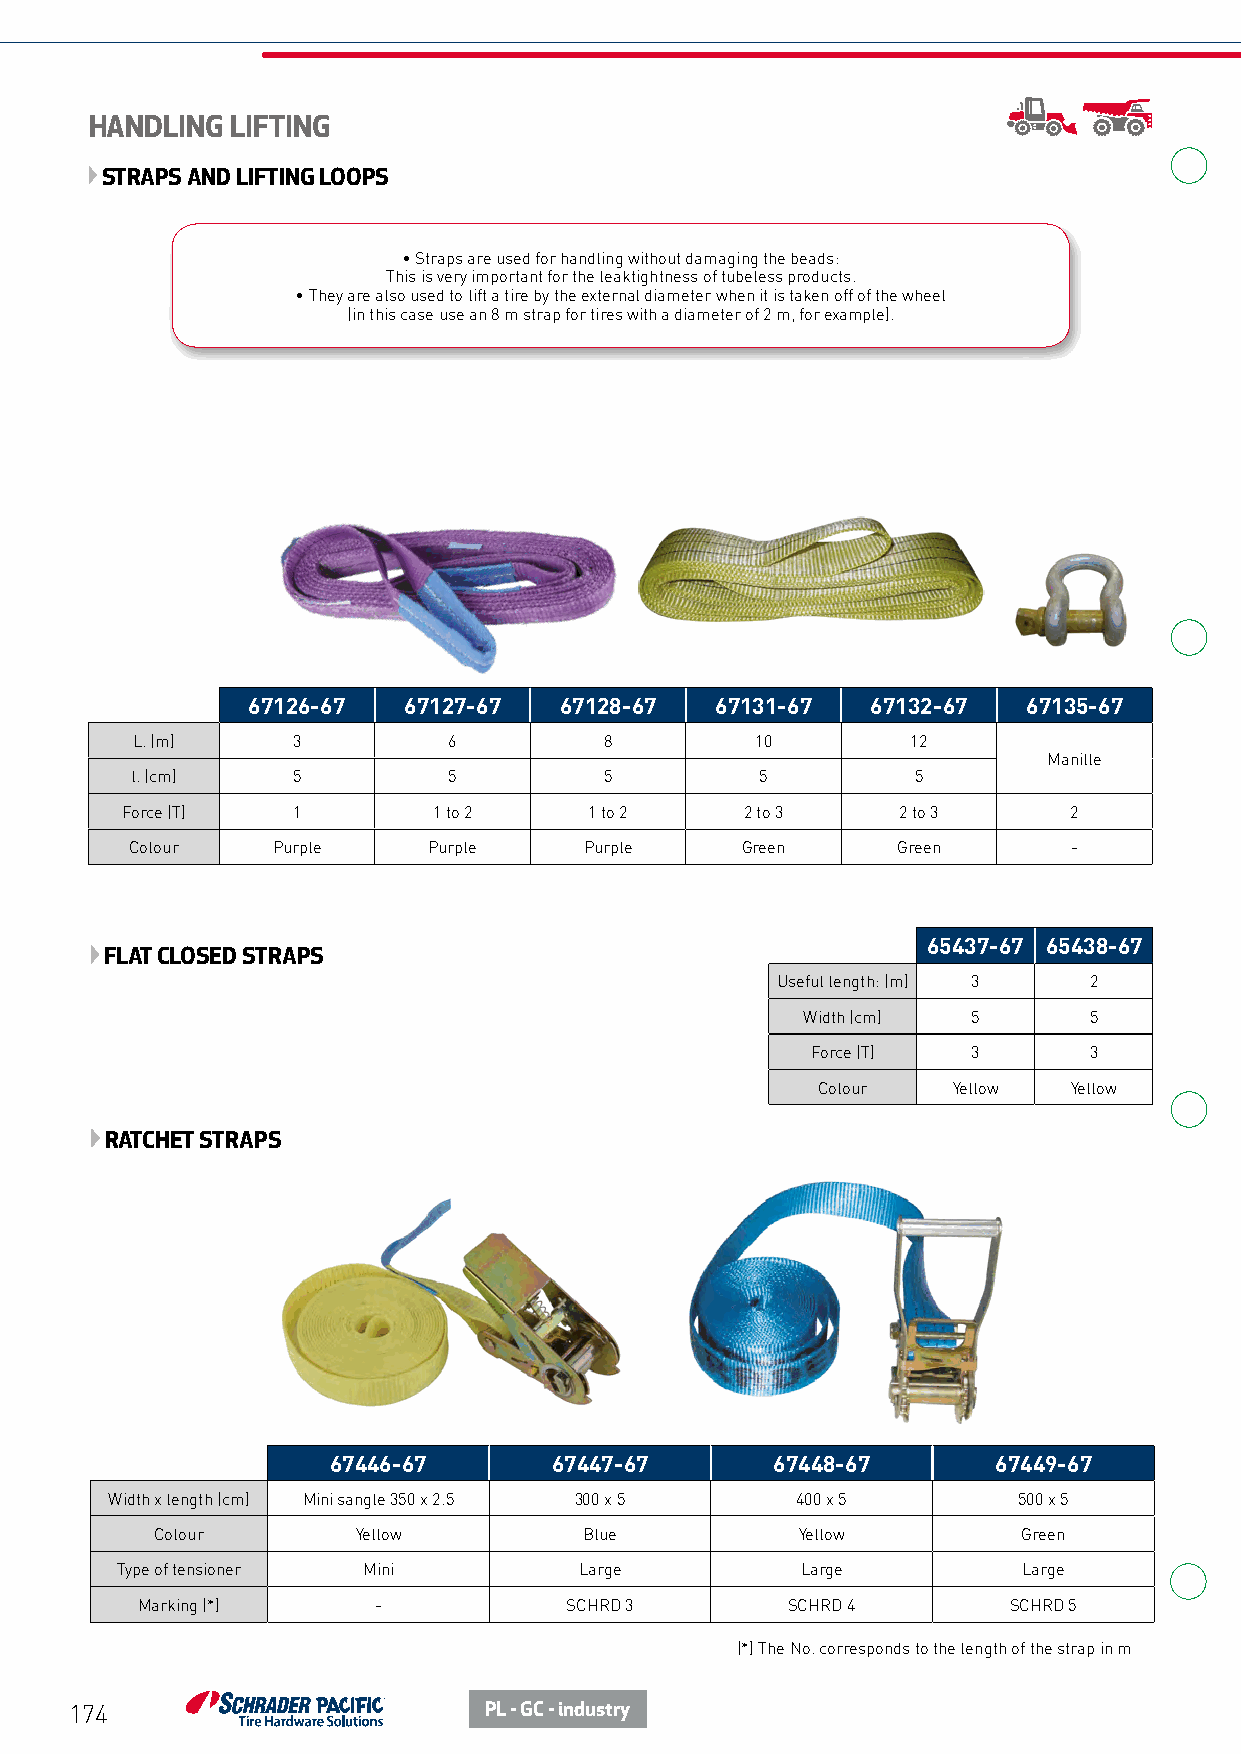
HANDLING LIFTING
 STRAPS AND LIFTING LOOPS
 • Straps are used for handling without damaging the beads:
 This is very important for the leaktightness of tubeless products.
 • They are also used to lift a tire by the external diameter when it is taken off of the wheel
 (in this case use an 8 m strap for tires with a diameter of 2 m, for example).
 67126-67   67127-67  67128-67  67131-67   67132-67  67135-67
 L. (m)    3          6         8         10        12
 Manille
 l. (cm)   5          5         5         5          5
 Force (T)  1         1 to 2    1 to 2    2 to 3    2 to 3      2
 Colour   Purple    Purple     Purple    Green     Green       -
 65437-67 65438-67
 FLAT CLOSED STRAPS
 Useful length: (m) 3 2
 Width (cm) 5       5
 Force (T) 3       3
 Colour   Yellow  Yellow
 RATCHET STRAPS
 67446-67      67447-67       67448-67       67449-67
 Width x length (cm) Mini sangle 350 x 2.5 300 x 5 400 x 5   500 x 5
 Colour        Yellow         Blue          Yellow         Green
 Type of tensioner Mini        Large          Large          Large
 Marking (*)     -           SCHRD 3        SCHRD 4        SCHRD 5
 (*) The No. corresponds to the length of the strap in m
 174                        PL - GC - industry